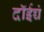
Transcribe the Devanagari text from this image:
दॉईच्चं